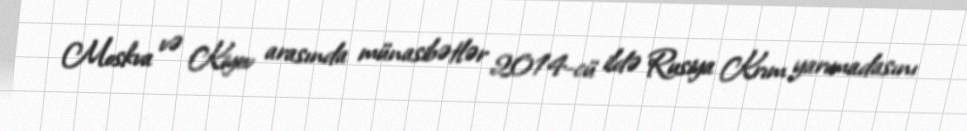
Moskva və Kiyev arasında münasibətlər 2014-cü ildə Rusiya Krım yarımadasını